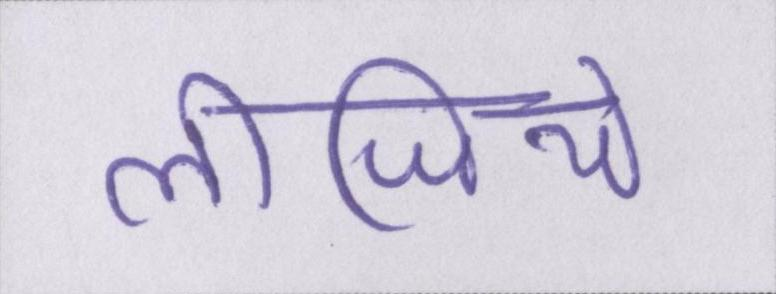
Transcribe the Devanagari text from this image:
लीजिये